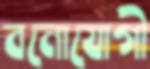
বনোযোগী